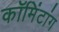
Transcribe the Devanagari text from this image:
कॉमिंटांग